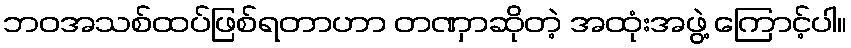
ဘဝအသစ်ထပ်ဖြစ်ရတာဟာ တဏှာဆိုတဲ့ အထုံးအဖွဲ့ ကြောင့်ပါ။